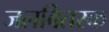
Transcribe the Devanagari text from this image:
जलवितरक